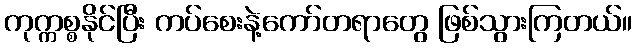
ကုက္ကစ္စနိုင်ပြီး ကပ်စေးနဲ့ကော်တရာတွေ ဖြစ်သွားကြတယ်။